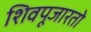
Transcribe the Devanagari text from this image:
शिवपूजारतो